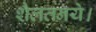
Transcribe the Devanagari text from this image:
शैलतनये।